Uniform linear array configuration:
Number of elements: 24
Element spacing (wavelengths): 0.5
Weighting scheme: uniform
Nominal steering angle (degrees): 15
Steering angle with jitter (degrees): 14.752
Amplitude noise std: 0.05
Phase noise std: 0.05

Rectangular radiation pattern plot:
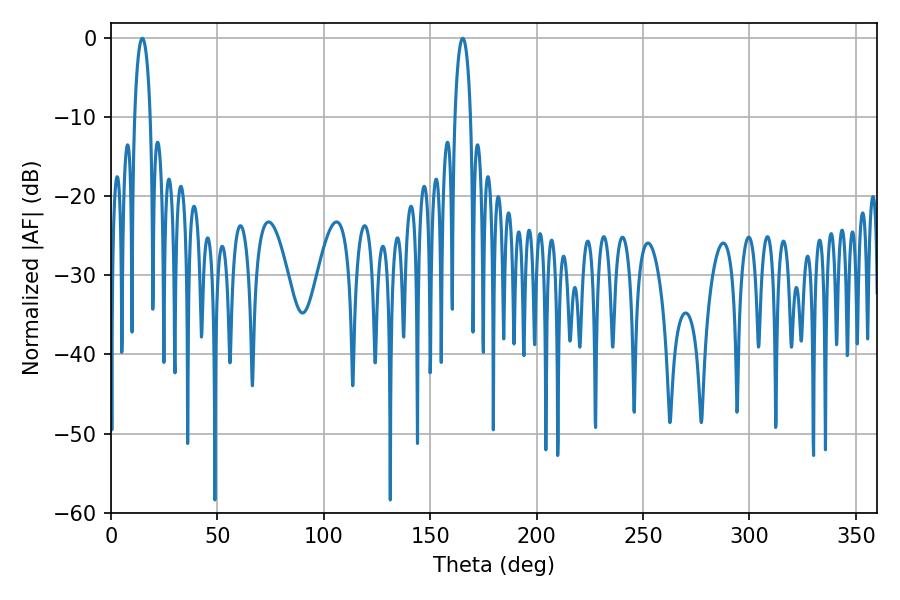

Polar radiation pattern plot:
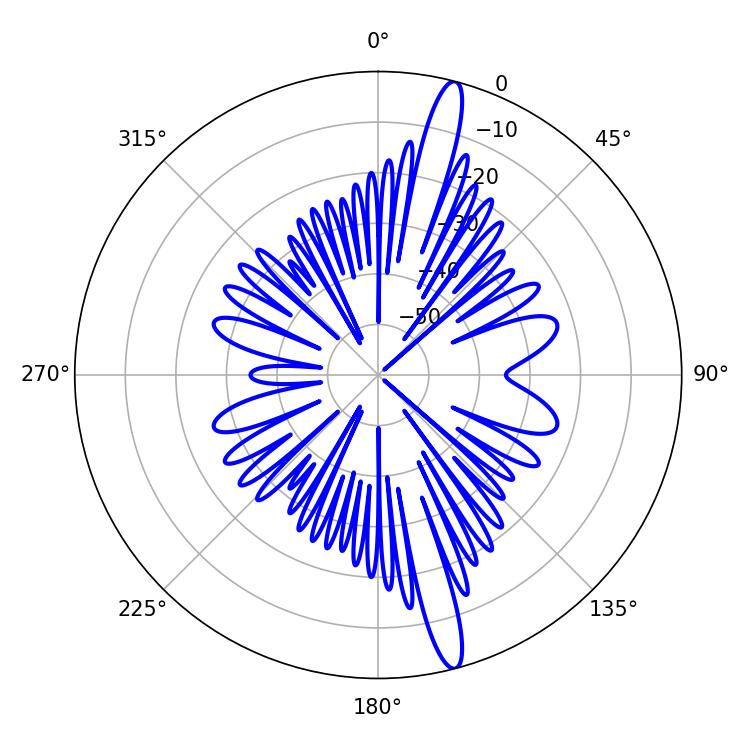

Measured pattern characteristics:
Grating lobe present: FALSE
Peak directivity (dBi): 16.565
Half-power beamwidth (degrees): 4.14
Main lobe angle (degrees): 14.76